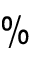
\%